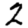
Digit: 2